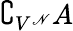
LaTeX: \complement_{V^{\mathscr{N}}}A